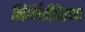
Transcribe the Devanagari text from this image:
निर्मितीप्रेरणा